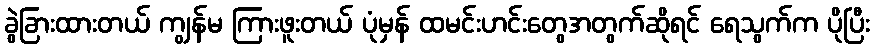
ခွဲခြားထားတယ် ကျွန်မ ကြားဖူးတယ် ပုံမှန် ထမင်းဟင်းတွေအတွက်ဆိုရင် ရေသွက်က ပိုပြီး